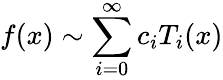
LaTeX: f(x)\sim\sum_{i=0}^{\infty}c_{i}T_{i}(x)